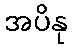
အပိနု